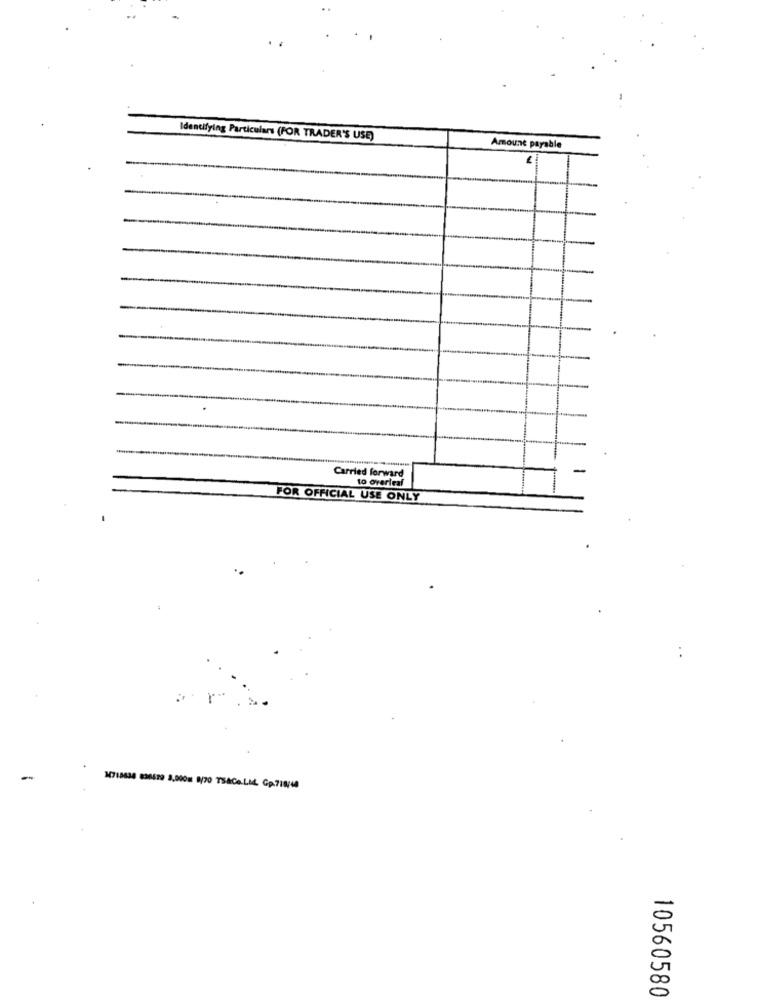
Identifying Particulars (FOR TRADER'S USE)
Amount payable
Carried forward
to overleaf
FOR OFFICIAL USE ONLY
M718434 836479 3.000 8/70 TSACe.LIL. Gp.718/14
10560580